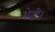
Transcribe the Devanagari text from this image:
भेदी।